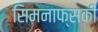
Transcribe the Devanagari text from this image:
सिमनाफ्सकी